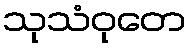
သုသံဝုတေ